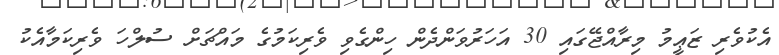
އެކުވެރި ޒަޢީމު މިރާއްޖޭގައި 30 އަހަރުވަންދެން ހިންގެވި ވެރިކަމުގެ މައްޗަށް ސުލްހަ ވެރިކަމާއެކު